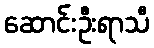
ဆောင်းဦးရာသီ